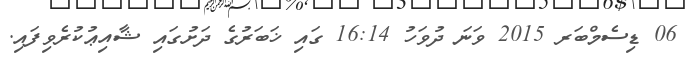
06 ޑިސެމްބަރ 2015 ވަނަ ދުވަހު 16:14 ގައި ޚަބަރުގެ ދަށުގައި ޝާއިޢުކުރެވިފައި.